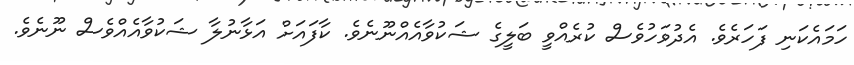
ހަމައެކަނި ފަހަރެވެ. އެދުވަހުވެސް ކުރެއްވީ ބަލީގެ ޝަކުވާއެއްނޫނެވެ. ކާފައަށް އަޅާނުލާ ޝަކުވާއެއްވެސް ނޫނެވެ.